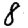
Digit: 8